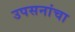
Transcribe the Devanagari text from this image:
उपसनांचा